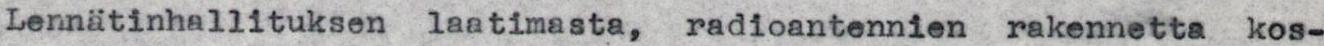
Lennätinhallituksen laatimasta, radioantennien rakennetta kos-